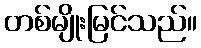
တစ်မျိုးမြင်သည်။